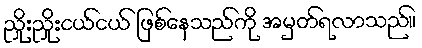
ညှိုးညှိုးငယ်ငယ် ဖြစ်နေသည်ကို အမှတ်ရလာသည်။